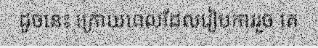
ដូចនេះ ក្រោយពេលដែលរៀបការរួច គេ